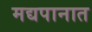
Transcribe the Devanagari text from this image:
मद्यपानात